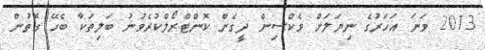
2013 ވަނަ އަހަރުގެ ނިޔަލަށް ވެކްސިން ދީގެން ކޮންޓްރޯލްކުރެވުނު ބަލިތަކާ ބެހޭ ގޮތުން